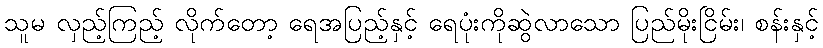
သူမ လှည့်ကြည့် လိုက်တော့ ရေအပြည့်နှင့် ရေပုံးကိုဆွဲလာသော ပြည်မိုးငြိမ်း၊ စန်းနှင့်